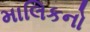
માલિકનો